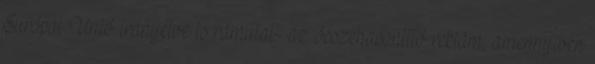
Európai Unió irányelve is rámutat- az összehasonlító reklám, amennyiben